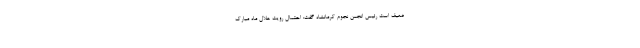
ضعیف است رئیس انجمن نجوم کرمانشاه گفت: احتمال رویت هلال ماه مبارک